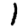
Digit: 1